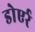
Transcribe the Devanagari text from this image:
डोएर्र